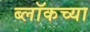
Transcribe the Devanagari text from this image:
ब्लॉकच्या